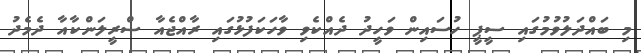
މި ބައްދަލުވުމުގައި ސީޕީ ހުސައިން ވަހީދު ދެއްކެވި ވާހަކަފުޅުގައި ރާއްޖެއާ ސްރީލަންކާއާ ދެމެދު